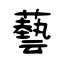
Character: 藝